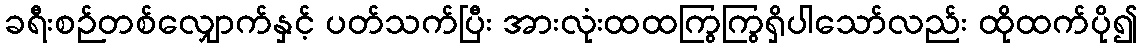
ခရီးစဉ်တစ်လျှောက်နှင့် ပတ်သက်ပြီး အားလုံးထထကြွကြွရှိပါသော်လည်း ထိုထက်ပို၍